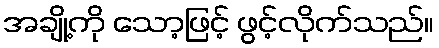
အချို့ကို သော့ဖြင့် ဖွင့်လိုက်သည်။